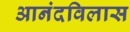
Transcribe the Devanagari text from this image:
आनंदविलास